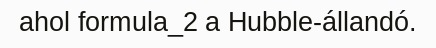
ahol formula_2 a Hubble-állandó.